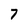
Character: 7